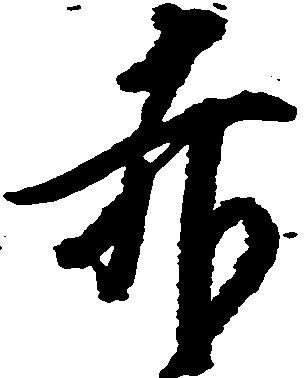
赤